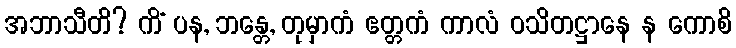
အဘာသီတိ? ကိံ ပန, ဘန္တေ, တုမှာကံ ဧတ္တကံ ကာလံ ဝသိတဋ္ဌာနေ န ကောစိ